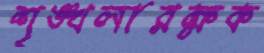
শৃঙ্খলারক্ষক